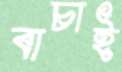
বাচাই